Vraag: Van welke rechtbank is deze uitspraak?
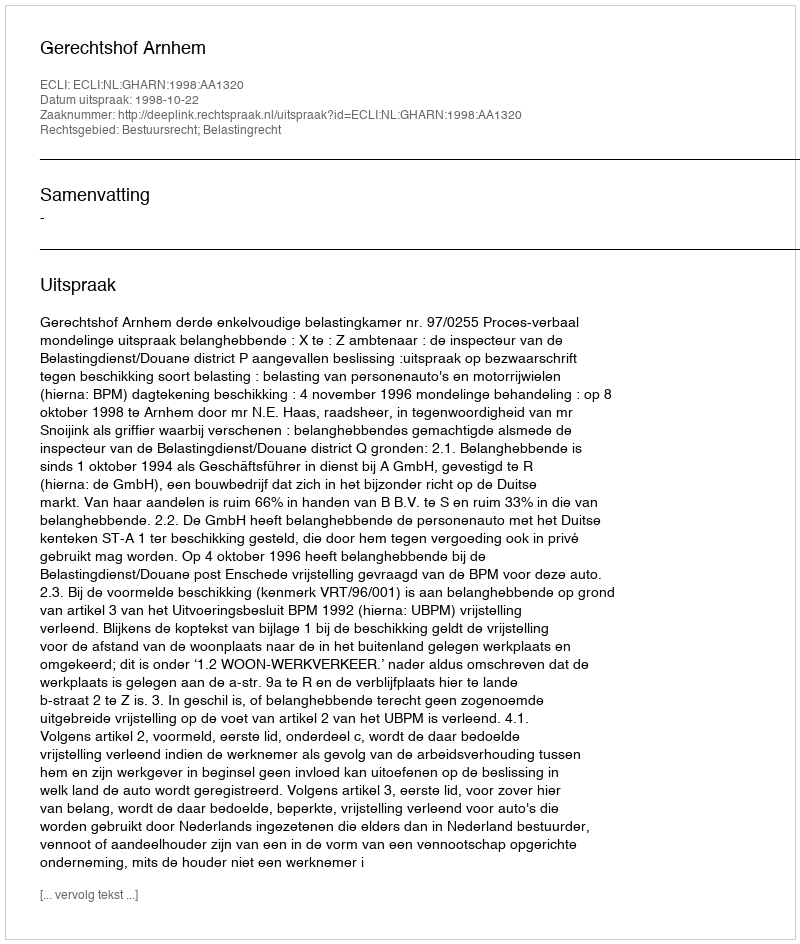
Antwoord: Gerechtshof Arnhem